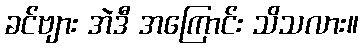
ခင်ဗျား အဲဒီ အကြောင်း သိသလား။